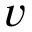
v